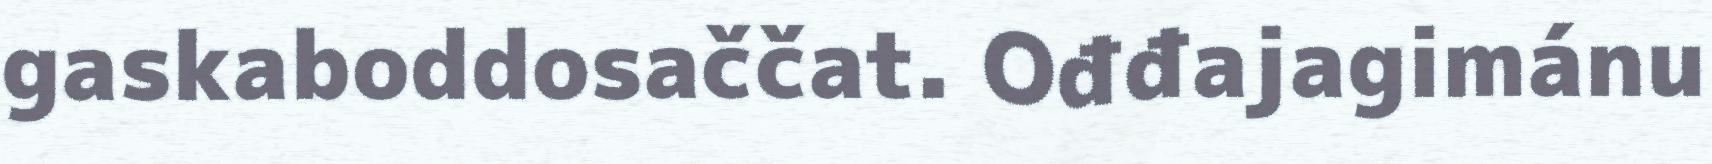
gaskaboddosaččat. Ođđajagimánu